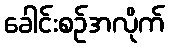
ခေါင်းစဉ်အလိုက်